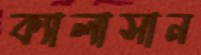
ক্যালাসান